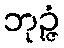
ဘုဉ္ဇံ